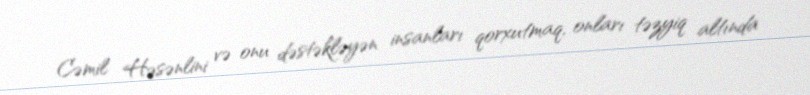
Cəmil Həsənlini və onu dəstəkləyən insanları qorxutmaq, onları təzyiq altında